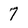
Character: 7